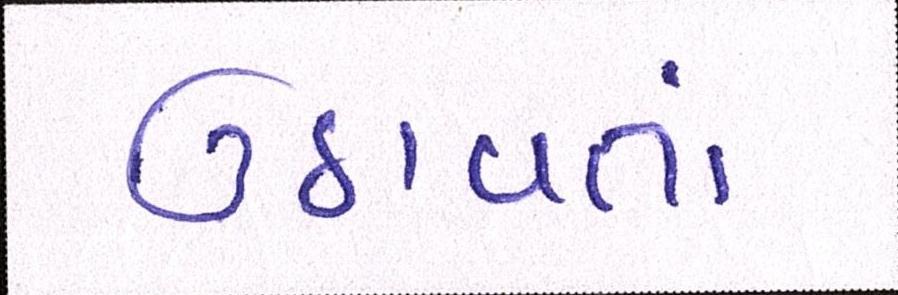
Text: ઉઠાવતાં